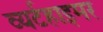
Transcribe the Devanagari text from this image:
व्यर्टहाइमर